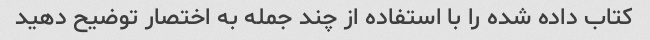
کتاب داده شده را با استفاده از چند جمله به اختصار توضیح دهید